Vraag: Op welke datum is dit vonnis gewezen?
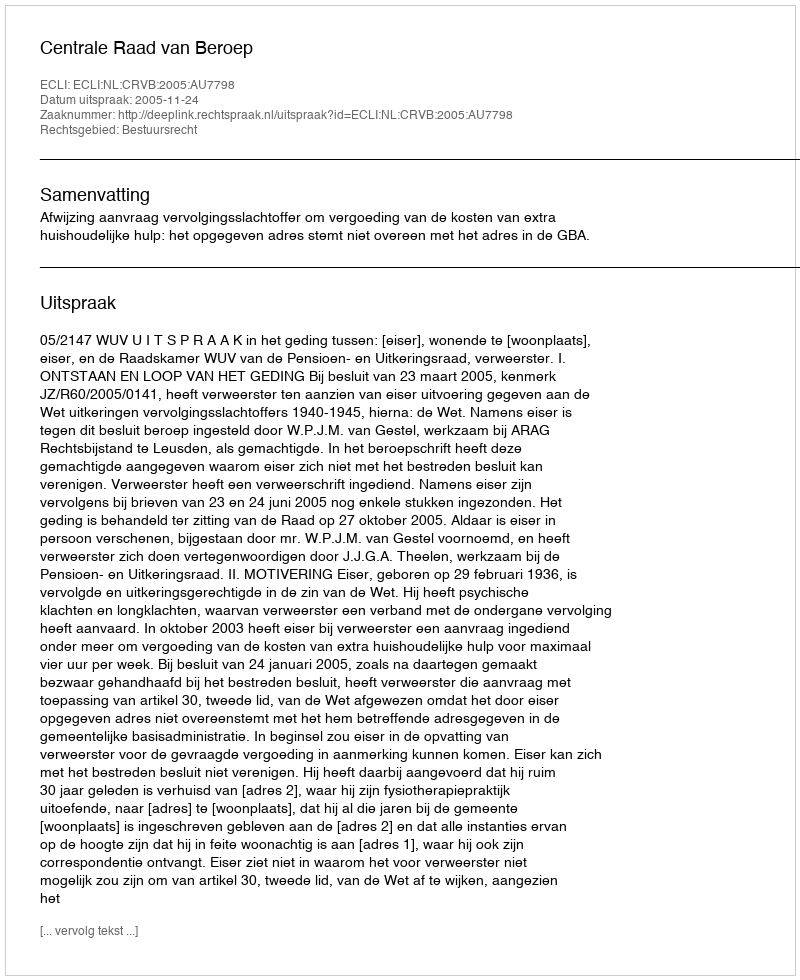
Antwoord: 2005-11-24